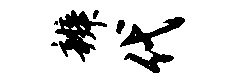
辨代